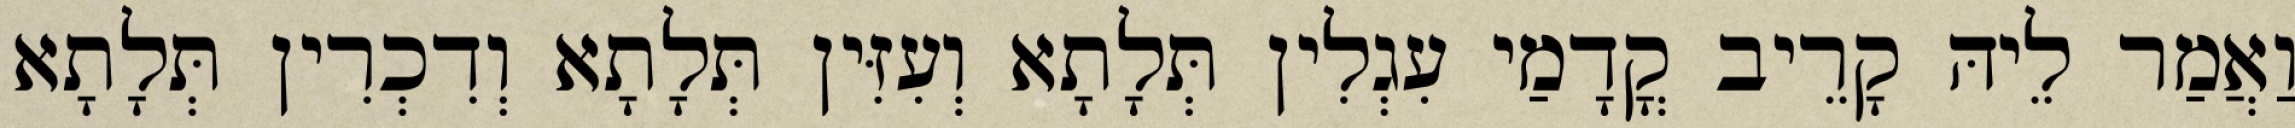
וַאֲמַר לֵיהּ קָרֵיב קֳדָמַי עִגְלִין תְּלָתָא וְעִזִּין תְּלָתָא וְדִכְרִין תְּלָתָא